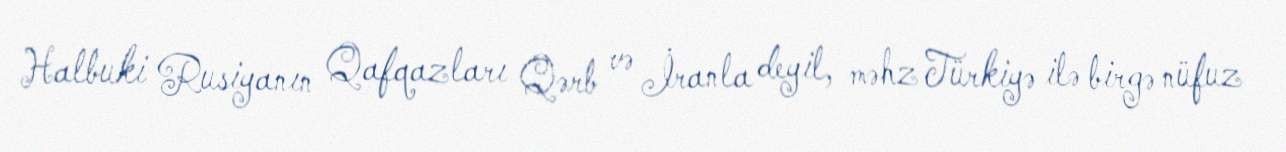
Halbuki Rusiyanın Qafqazları Qərb və İranla deyil, məhz Türkiyə ilə birgə nüfuz